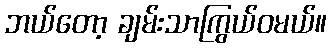
ဘယ်တော့ ချမ်းသာကြွယ်ဝမယ်။